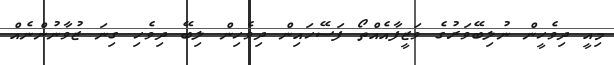
މިއީ ދިވެހީން ނުލިބޭވަރުގެ ވަޒީފާއެއްތޯ ފަސޭހައިން ދިވެހިން ލިބޭ ދިވެހި ގިނަ ޒުވާނުންނެެއް